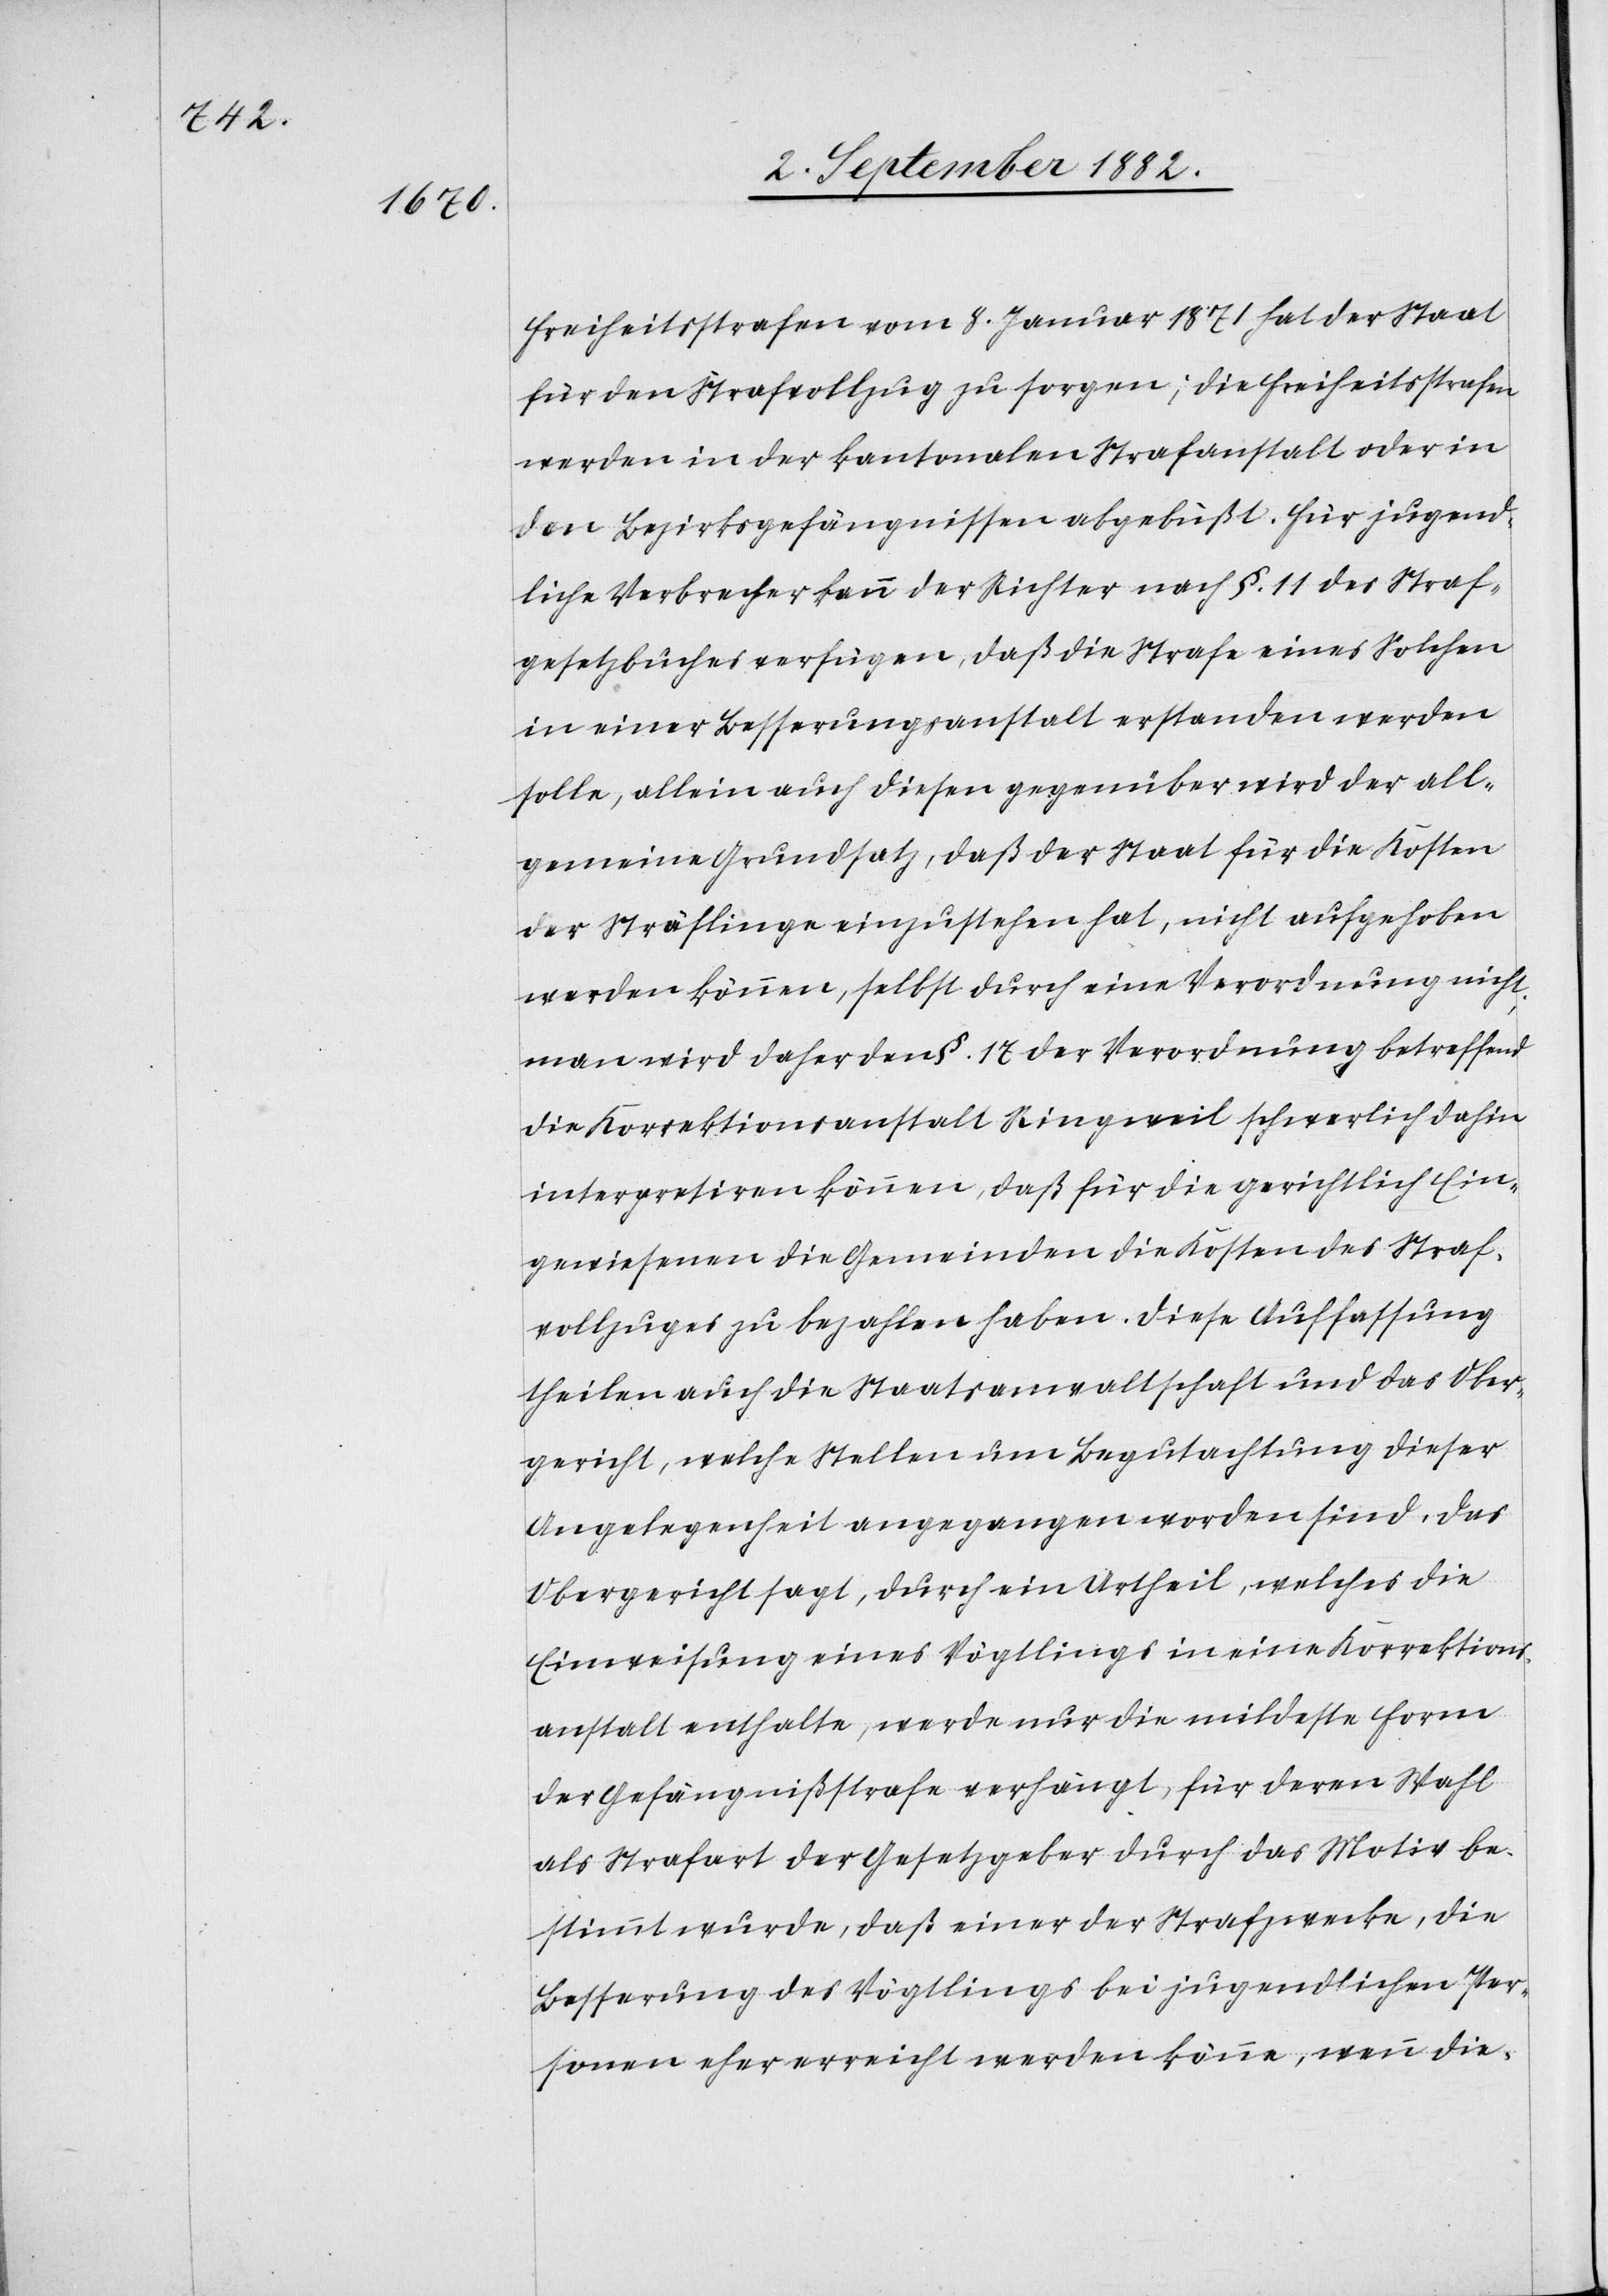
Freiheitsstrafen vom 8. Januar 1871 hat der Staat
für den Strafvollzug zu sorgen; die Freiheitsstrafen
werden in der kantonalen Strafanstalt oder in
den Bezirksgefängnissen abgebüßt. Für jugend¬
liche Verbrecher kann der Richter nach §. 11 des Straf¬
gesetzbuches verfügen, daß die Strafe eines Solchen
in einer Besserungsanstalt erstanden werden
solle, allein auch diesen gegenüber wird der all¬
gemeine Grundsatz, daß der Staat für die Kosten
der Sträflinge einzustehen hat, nicht aufgehoben
werden können, selbst durch eine Verordnung nicht;
man wird daher den §. 17 der Verordnung betreffend
die Korrektionsanstalt Ringweil schwerlich dahin
interpretiren können, daß für die gerichtlich Ein¬
gewiesenen die Gemeinden die Kosten des Straf¬
vollzuges zu bezahlen haben. Diese Auffassung
theilen auch die Staatsanwaltschaft und das Ober¬
gericht, welche Stellen um Begutachtung dieser
Angelegenheit angegangen worden sind. Das
Obergericht sagt, durch ein Urtheil, welches die
Einweisung eines Vögtlings in eine Korrektions¬
anstalt enthalte, werde nur die mildeste Form
der Gefängnißstrafe verhängt, für deren Wahl
als Strafart der Gesetzgeber durch das Motiv be¬
stimmt wurde, daß einer der Strafzwecke, die
Besserung des Vögtlings bei jugendlichen Per¬
sonen eher erreicht werden könne, wenn die-